Annual report of the Bengal Veterinary College and of the Civil Veterinary Department, Bengal, for the year 1910-1911 - 1910-1911
Year: 1910
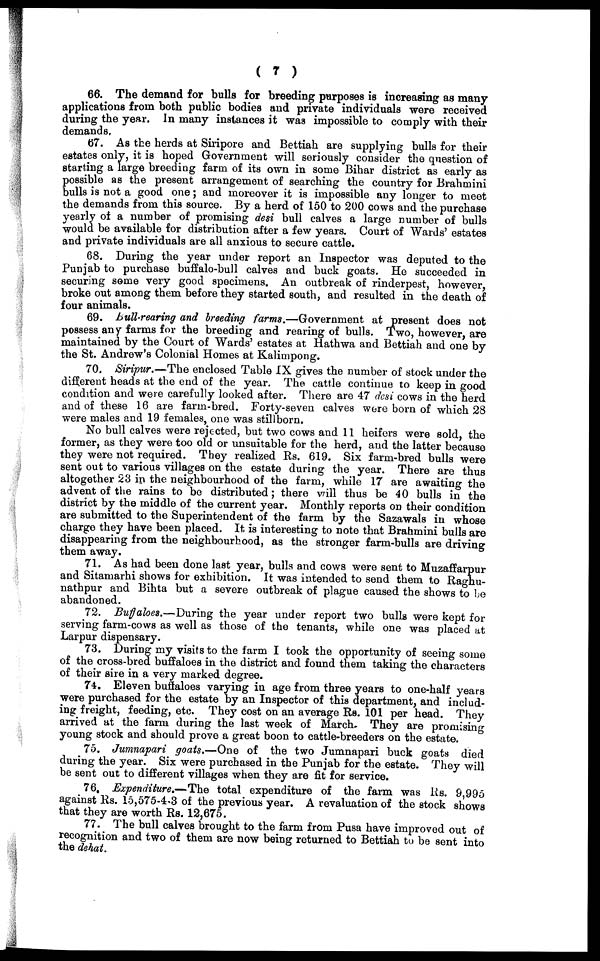
( 7 )
66. The demand for bulls for breeding purposes is increasing as many
applications from both public bodies and private individuals were received
during the year. In many instances it was impossible to comply with their
demands,
67. As the herds at Siripore and Bettiah are supplying bulls for their
estates only, it is hoped Government will seriously consider the question of
starting a large breeding farm of its own in some Bihar district as early as
possible as the present arrangement of searching the country for Brahmini
bulls is not a good one; and moreover it is impossible any longer to meet
the demands from this source. By a herd of 150 to 200 cows and the purchase
yearly of a number of promising desi bull calves a large number of bulls
would be available for distribution after a few years. Court of Wards' estates
and private individuals are all anxious to secure cattle.
68. During the year under report an Inspector was deputed to the
Punjab to purchase buffalo-bull calves and buck goats. He succeeded in
securing some very good specimens. An outbreak of rinderpest, however,
broke out among them before they started south, and resulted in the death of
four animals.
69. Bull-rearing and breeding farms.—Government at present does not
possess any farms for the breeding and rearing of bulls. Two, however, are
maintained by the Court of Wards' estates at Hathwa and Bettiah and one by
the St. Andrew's Colonial Homes at Kalimpong.
70. Siripur.—The enclosed Table IX gives the number of stock under the
different heads at the end of the year. The cattle continue to keep in good
condition and were carefully looked after. There are 47 desi cows in the herd
and of these 16 are farm-bred. Forty-seven calves were born of which 28
were males and 19 females, one was stillborn.
No bull calves were rejected, but two cows and 11 heifers were sold, the
former, as they were too old or unsuitable for the herd, and the latter because
they were not required. They realized Rs. 619. Six farm-bred bulls were
sent out to various villages on the estate during the year. There are thus
altogether 28 in the neighbourhood of the farm, while 17 are awaiting the
advent of the rains to be distributed; there will thus be 40 bulls in the
district by the middle of the current year. Monthly reports on their condition
are submitted to the Superintendent of the farm by the Sazawals in whose
charge they have been placed. It is interesting to note that Brahmini bulls are
disappearing from the neighbourhood, as the stronger farm-bulls are driving
them away.
71. As had been done last year, bulls and cows were sent to Muzaffarpur
and Sitamarhi shows for exhibition. It was intended to send them to Raghu-
nathpur and Bihta but a severe outbreak of plague caused the shows to be
abandoned.
72. Buffaloes.—During the year under report two bulls were kept for
serving farm-cows as well as those of the tenants, while one was placed at
Larpur dispensary.
73. During my visits to the farm I took the opportunity of seeing some
of the cross-bred buffaloes in the district and found them taking the characters
of their sire in a very marked degree.
74. Eleven buffaloes varying in age from three years to one-half years
were purchased for the estate by an Inspector of this department, and includ-
ing freight, feeding, etc. They cost on an average Rs. 101 per head. They
arrived at the farm during the last week of March. They are promising
young stock and should prove a great boon to cattle-breeders on the estate.
75. Jumnapari goats.—One of the two Jumnapari buck goats died
during the year. Six were purchased in the Punjab for the estate. They will
be sent out to different villages when they are fit for service.
76. Expenditure.—The total expenditure of the farm was lis. 9,995
against Rs. 15,575-4-3 of the previous year. A revaluation of the stock shows
that they are worth Rs. 12,675.
77. The bull calves brought to the farm from Pusa have improved out of
recognition and two of them are now being returned to Bettiah to be sent into
the dehat.